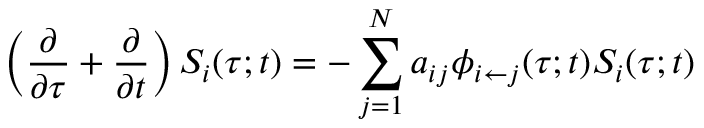
\left( \frac { \partial } { \partial \tau } + \frac { \partial } { \partial t } \right) S _ { i } ( \tau ; t ) = - \sum _ { j = 1 } ^ { N } a _ { i j } \phi _ { i \leftarrow j } ( \tau ; t ) S _ { i } ( \tau ; t )